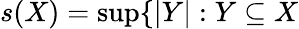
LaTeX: s(X)=\operatorname*{sup}\{ |Y|:Y\subseteq X